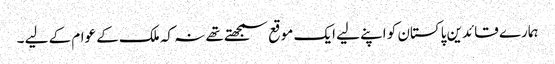
ہمارے قائدین پاکستان کو اپنے لیے ایک موقع سمجھتے تھے نہ کہ ملک کے عوام کے لیے ۔